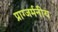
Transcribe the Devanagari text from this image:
प्राग्जर्मनीय